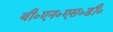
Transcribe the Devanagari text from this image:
बी०एन०एस०डी०